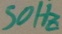
Text: 50Hz